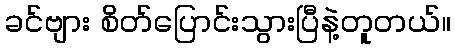
ခင်ဗျား စိတ်ပြောင်းသွားပြီနဲ့တူတယ်။